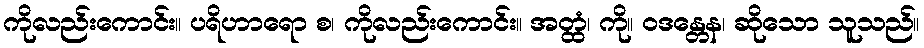
ကိုလည်းကောင်း။ ပရိဟာရော စ၊ ကိုလည်းကောင်း။ အတ္ထံ၊ ကို။ ဝဒန္တေန၊ ဆိုသော သူသည်။